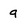
Character: 9